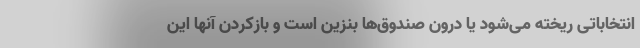
انتخاباتی ریخته می‌شود یا درون صندوق‌ها بنزین است و بازکردن آنها این